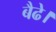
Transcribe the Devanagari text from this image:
बैढे।